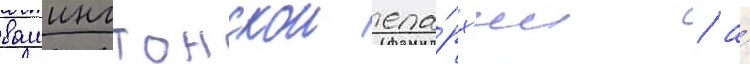
вашингтонскои епа́рх'ии / а́